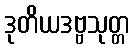
ဒုတိယဒဗ္ဗသုတ္တ